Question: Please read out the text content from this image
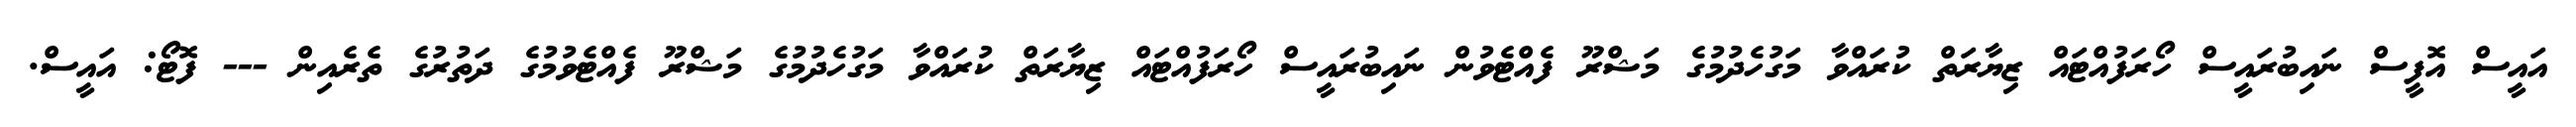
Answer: އައީސް އޮފީސް ނައިބުރައީސް ހޯރަފުއްޓައް ޒިޔާރަތް ކުރައްވާ މަގުހެދުމުގެ މަޝްރޫ ފެއްޓެވުން ނައިބުރައީސް ހޯރަފުއްޓައް ޒިޔާރަތް ކުރައްވާ މަގުހެދުމުގެ މަޝްރޫ ފެއްޓެވުމުގެ ދަތުރުގެ ތެރެއިން --- ފޮޓޯ: އައީސް.